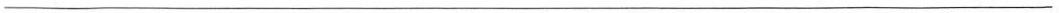
\underline{}